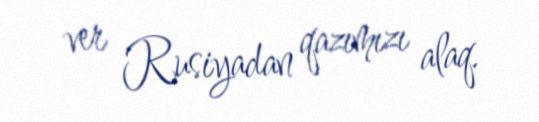
ver Rusiyadan qazımızı alaq.